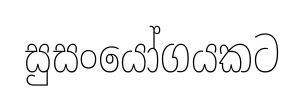
සුසංයෝගයකට